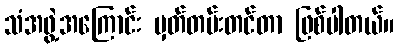
သံအဖွဲ့အကြောင်း မှတ်တမ်းတင်တာ ဖြစ်ပါတယ်။